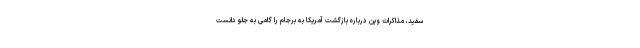
سفید، مذاکرات وین درباره بازگشت آمریکا به برجام را گامی به جلو دانست